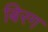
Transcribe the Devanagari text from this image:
बिरग